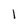
Character: l